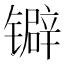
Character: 𬭽